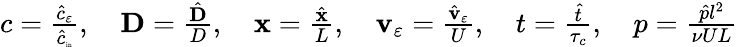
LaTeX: \begin{array}{r}{c=\frac{{\hat{c}}_{\varepsilon}}{\hat{c}_{\mathrm{\tiny{in}}}},\quad\textbf{D}=\frac{{\hat{\mathbf D}}}{D},\quad\mathbf x=\frac{{\hat{\mathbf x}}}{L},\quad\mathbf v_{\varepsilon}=\frac{\hat{\mathbf v}_{\varepsilon}}{U},\quad t=\frac{{\hat{t}}}{\tau_{c}},\quad p=\frac{{\hat{p}}l^{2}}{{\nu}UL}}\end{array}